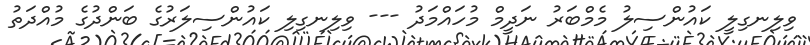
ވިލިނގިލީ ކައުންސިލު މެމްބަރު ނަދީމް މުހައްމަދު --- ވިލިނގިލި ކައުންސިލަރުގެ ބަންދުގެ މުއްދަތު